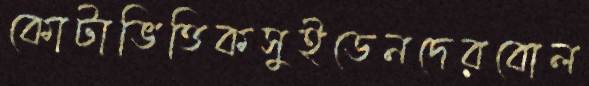
কোটাভিত্তিকসুইডেনদেরবোল